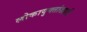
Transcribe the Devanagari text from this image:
लोकायुक्तांखाली